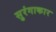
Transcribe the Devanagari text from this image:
सुरंगाकार